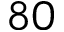
8 0